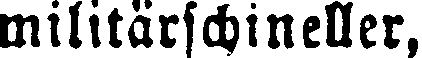
militärschineller,